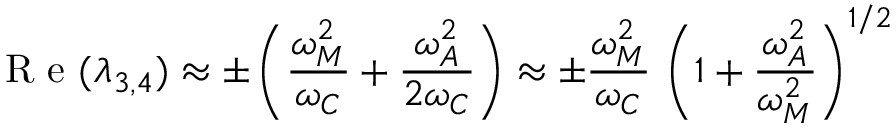
\mathrm { ~ R ~ e ~ } ( \lambda _ { 3 , 4 } ) \approx \pm \left( \frac { \omega _ { M } ^ { 2 } } { \omega _ { C } } + \frac { \omega _ { A } ^ { 2 } } { 2 \omega _ { C } } \right) \approx \pm \frac { \omega _ { M } ^ { 2 } } { \omega _ { C } } \, \left( 1 + \frac { \omega _ { A } ^ { 2 } } { \omega _ { M } ^ { 2 } } \right) ^ { 1 / 2 }